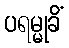
ပရမ္မုခိံ